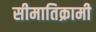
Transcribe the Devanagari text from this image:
सीमातिक्रामी